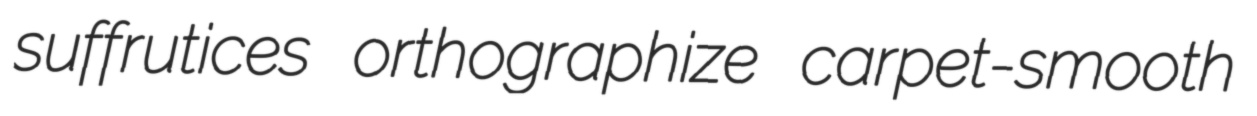
suffrutices orthographize carpet-smooth